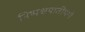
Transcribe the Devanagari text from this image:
निष्पक्षपातीपणे